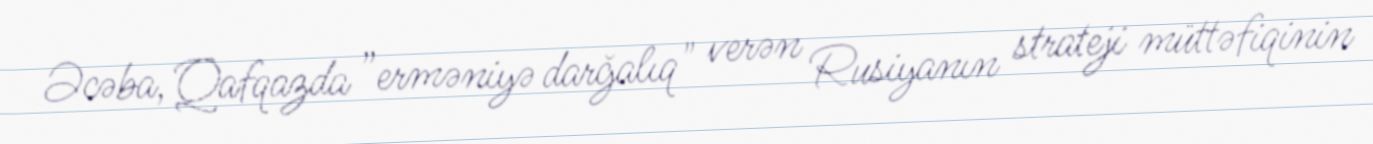
Əcəba, Qafqazda ”erməniyə darğalıq" verən Rusiyanın strateji müttəfiqinin